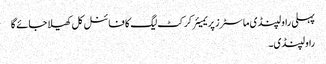
پہلی راولپنڈی ماسٹرز پریمیئر کرکٹ لیگ کا فائنل کل کھیلا جائے گا
راولپنڈی۔